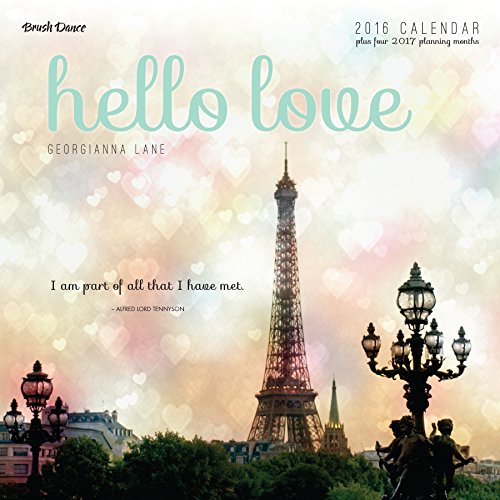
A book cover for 2016 Hello Love Wall Calendar; Brush Dance and Georgianna Lane; Calendars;